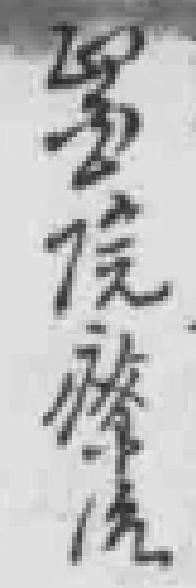
*院療治